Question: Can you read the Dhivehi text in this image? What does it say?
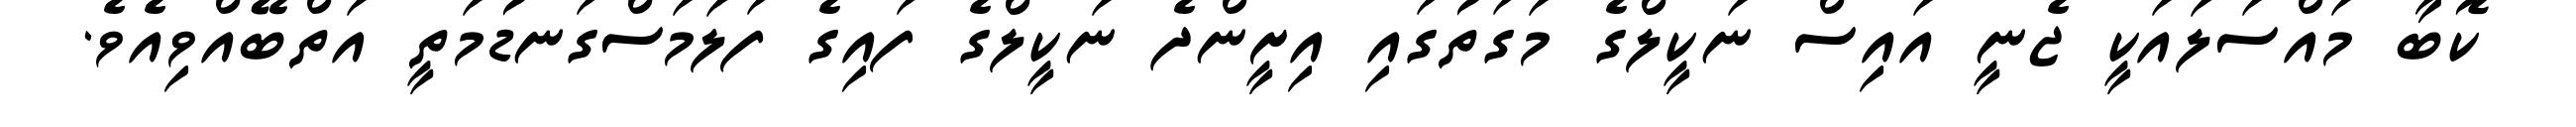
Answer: ކޮބާ މައްސަލައަކީ ޖެނީ އައިސް ނަކީލްގެ މަގަތުގައި އިށީންދެ ނަކީލްގެ ފައިގެ ފަލަމަސްގަނޑުމަތީ އަތްބޭއްވިއެވެ.